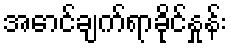
အောင်ချက်ရာခိုင်နှုန်း